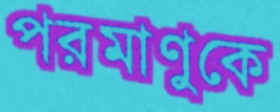
পরমাণুকে